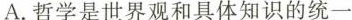
A.哲学是世界观和具体知识的统一